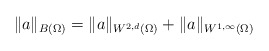
\begin{align*}\|a\|_{B(\Omega)} = \|a\|_{W^{2,d}(\Omega)} + \|a\|_{W^{1,\infty}(\Omega)}\end{align*}